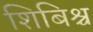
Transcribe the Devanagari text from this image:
शिबिश्च